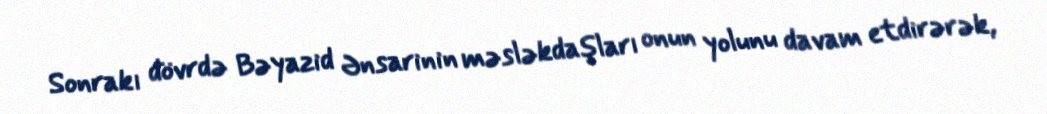
Sonrakı dövrdə Bəyazid Ənsarinin məsləkdaşları onun yolunu davam etdirərək,